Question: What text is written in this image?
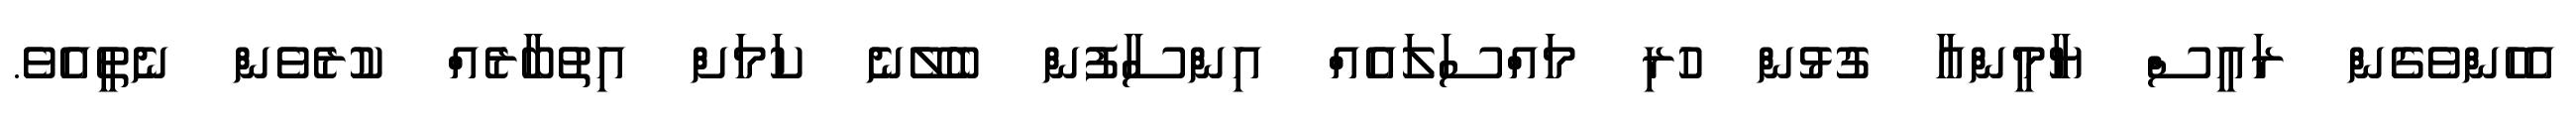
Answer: އެހެންވެގެން ރައީސް ޔާމީންއާ ގުޅުން ހުރި މައްސަލައެއް އިންސާފުން ބެލޭނެ ކަމަށް އިތުބާރެއް ކުރެވެން ނެތީއެވެ.